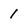
Character: 1